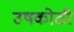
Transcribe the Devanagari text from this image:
उषकोठी